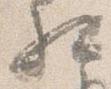
相